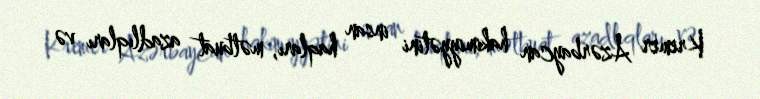
Kremer Azərbaycan hakimiyyətini insan haqları, mətbuat azadlıqları və